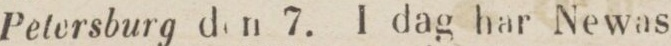
Petersburg den 7. I dag har Newas